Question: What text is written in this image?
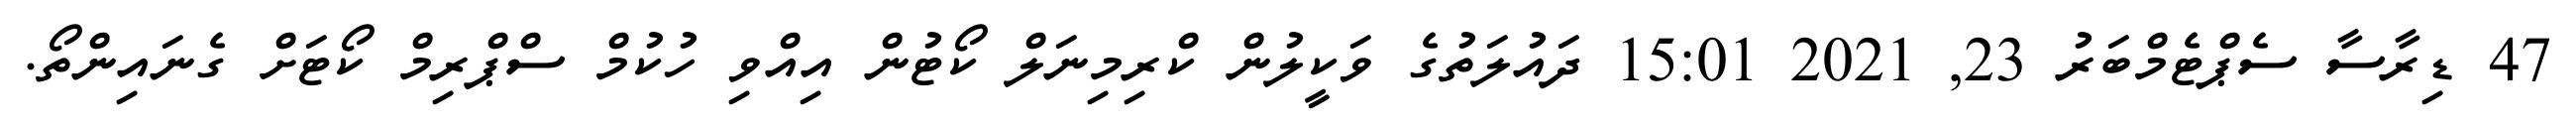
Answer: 47 ޑިރާސާ ސެޕްޓެމްބަރު 23, 2021 15:01 ދައުލަތުގެ ވަކީލުން ކްރިމިނަލް ކޯޓުން އިއްވި ހުކުމް ސްޕްރިމް ކޯޓަށް ގެނައިންތޯ.